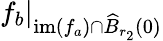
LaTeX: \left.f_{b}\right\vert_{\mathrm{im}(f_{a})\cap\widehat{B}_{r_{2}}(0)}